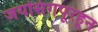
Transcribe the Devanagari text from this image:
जयसिंगपूरहून